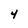
Character: 4